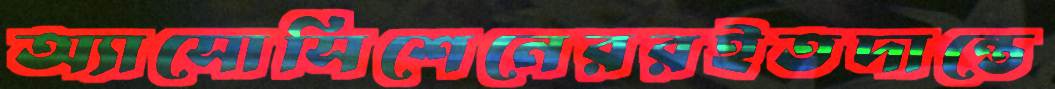
অ্যাসোসিশেনেররইতদান্তে